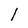
Character: 1